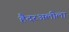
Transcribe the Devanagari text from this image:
हैदरअलीला